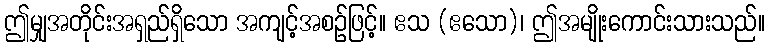
ဤမျှအတိုင်းအရှည်ရှိသော အကျင့်အစဉ်ဖြင့်။ ဧသ (ဧသော)၊ ဤအမျိုးကောင်းသားသည်။